Government Evacuation Scheme: Educational provision, 1939
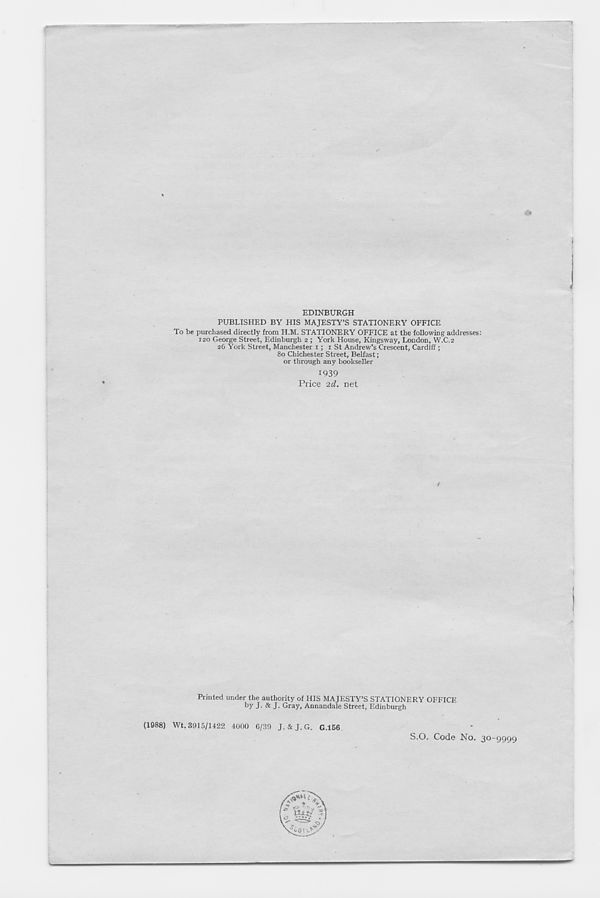
EDINBURGH
PUBLISHED BY HIS MAJESTY’S STATIONERY OFFICE
To be purchased directly from H.M. STATIONERY OFFICE at the following addresses:
120 George Street, Edinburgh 2 ; York House, Kingsway, London, W.C.2
26 York Street, Manchester 1; 1 St Andrew’s Crescent, Cardiff;
80 Chichester Street, Belfast;
or through any bookseller
1939
Price 2d. net
Printed under the authority of HIS MAJESTY’S STATIONERY OFFICE
by J- & J- Gray, Annandale Street, Edinburgh
(1988) Wt. 3915/1422 4000 6/39 J. & J. G. G.156
S.O. Code No. 30-9999